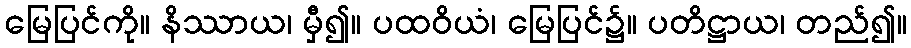
မြေပြင်ကို။ နိဿာယ၊ မှီ၍။ ပထဝိယံ၊ မြေပြင်၌။ ပတိဋ္ဌာယ၊ တည်၍။